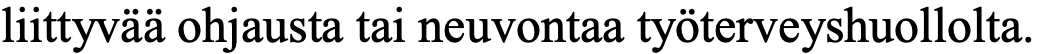
liittyvää ohjausta tai neuvontaa työterveyshuollolta.